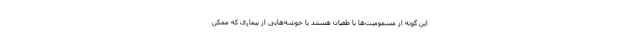
این گونه از مسمومیت‌ها یا طغیان هستند یا خوشه‌هایی از بیماری که ممکن